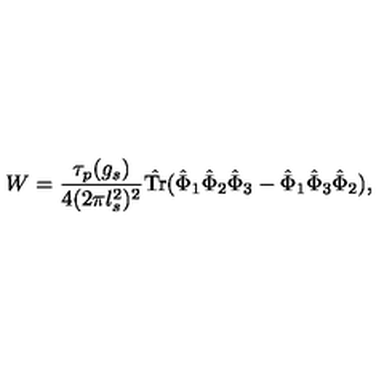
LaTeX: W = \frac { \tau _ { p } ( g _ { s } ) } { 4 ( 2 \pi l _ { s } ^ { 2 } ) ^ { 2 } } \hat { \mathrm { T r } } ( \hat { \Phi } _ { 1 } \hat { \Phi } _ { 2 } \hat { \Phi } _ { 3 } - \hat { \Phi } _ { 1 } \hat { \Phi } _ { 3 } \hat { \Phi } _ { 2 } ) ,